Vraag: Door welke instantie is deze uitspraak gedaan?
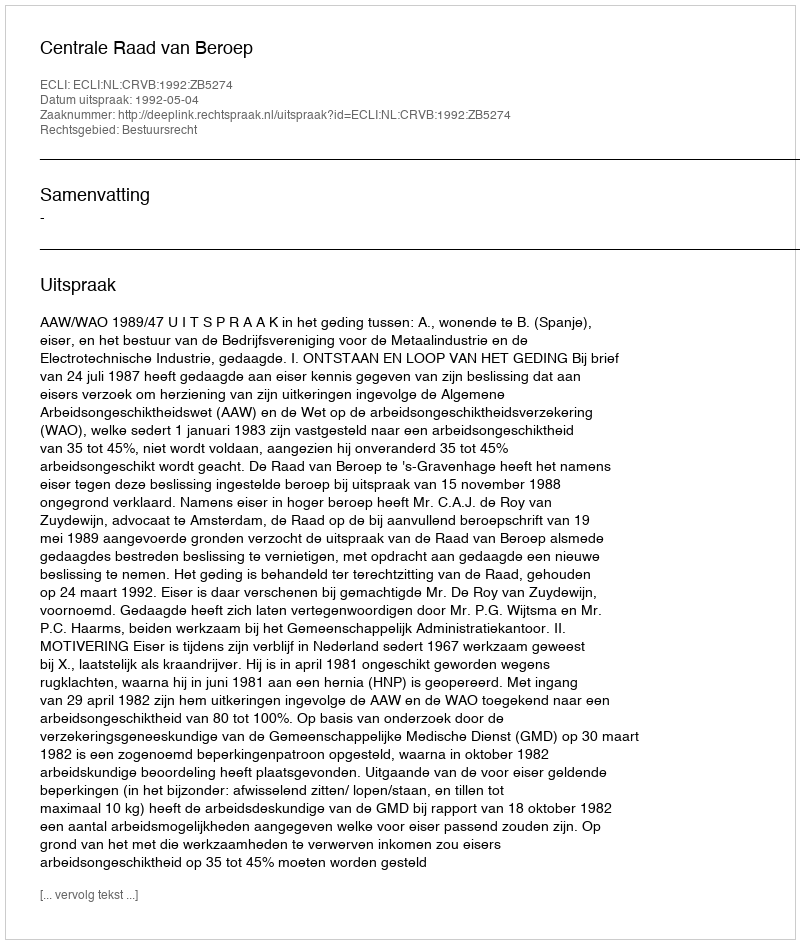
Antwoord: Centrale Raad van Beroep